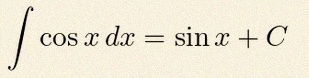
\int \cos x\,dx=\sin x+C